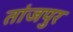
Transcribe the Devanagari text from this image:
तांजपुर